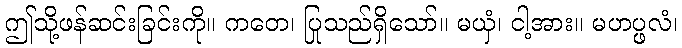
ဤသို့ဖန်ဆင်းခြင်းကို။ ကတေ၊ ပြုသည်ရှိသော်။ မယှံ၊ ငါ့အား။ မဟပ္ဖလံ၊